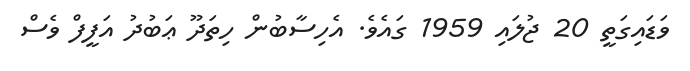
ވަޑައިގަތީ 20 ޖުލައި 1959 ގައެވެ. އެހިސާބުން ހިތަދޫ ޢަބުދު އަފީފް ވެސް